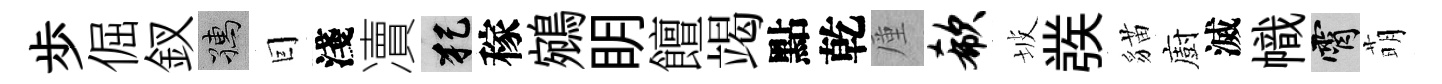
歩倔釵孺囙淺凟犯稼鵷眀饘竭點乾厪欷坡彂貓廚滅幟霄萌